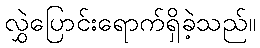
လွှဲပြောင်းရောက်ရှိခဲ့သည်။